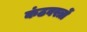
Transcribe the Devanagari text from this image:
कंठवस्त्रों